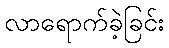
လာရောက်ခဲ့ခြင်း